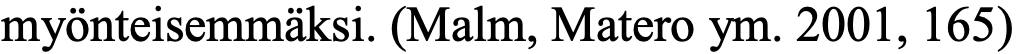
myönteisemmäksi. (Malm, Matero ym. 2001, 165)